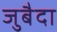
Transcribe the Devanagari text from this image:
जुबैदा